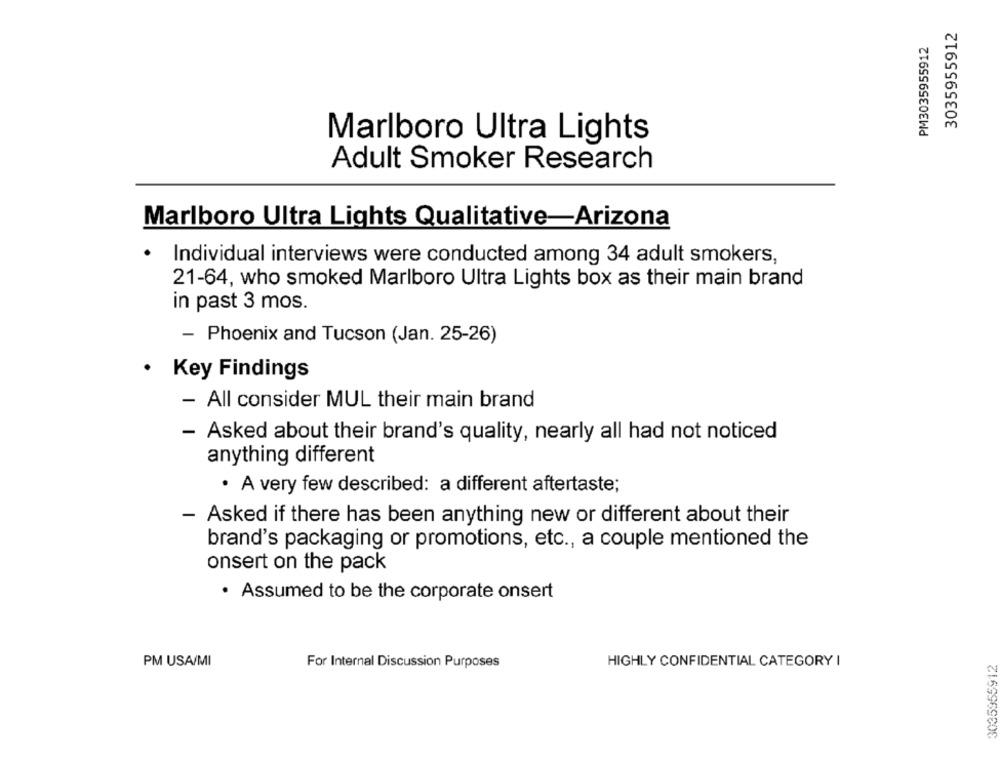
3035955912
PM3035955912
Marlboro Ultra Lights
Adult Smoker Research
Marlboro Ultra Lights Qualitative-Arizona
.
Individual interviews were conducted among 34 adult smokers,
21-64, who smoked Marlboro Ultra Lights box as their main brand
in past 3 mos.
- Phoenix and Tucson (Jan. 25-26)
. Key Findings
- All consider MUL their main brand
- Asked about their brand's quality, nearly all had not noticed
anything different
· A very few described: a different aftertaste;
- Asked if there has been anything new or different about their
brand's packaging or promotions, etc ., a couple mentioned the
onsert on the pack
· Assumed to be the corporate onsert
PM USA/MI
HIGHLY CONFIDENTIAL CATEGORY I
3035955912
For Internal Discussion Purposes